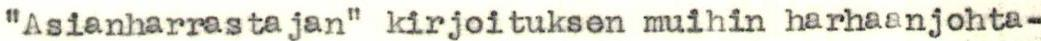
"Asianharrastajan" kirjoituksen muihin harhaanjohta-